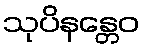
သုပိနန္တေဝ